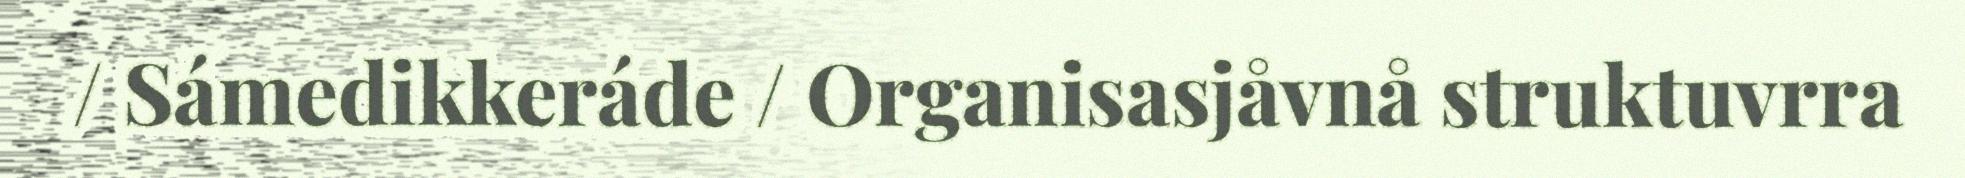
/ Sámedikkeráde / Organisasjåvnå struktuvrra